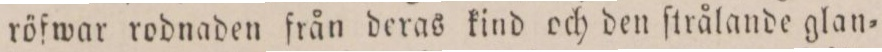
röfwar rodnaden från deras kind och den ſtrålande glan=